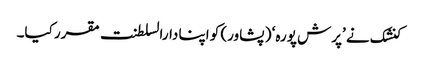
کنشک نے ’پرش پورہ‘ ( پشاور) کو اپنا دارالسلطنت مقرر کیا۔